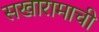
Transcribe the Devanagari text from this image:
सखारामाची